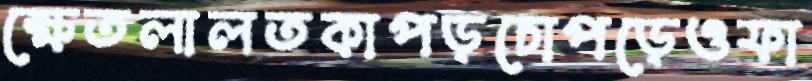
ক্ষেতলালতকাপড়চোপড়েওফা